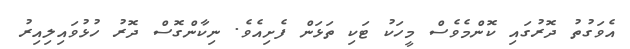
އެވަގުތު ދޮރުގައި ކޮންމެވެސް މީހަކު ޓަކި ތަޅަން ފެށިއެވެ. ނިކާންގޮސް ދޮރު ހުޅުވައިލިއިރު